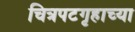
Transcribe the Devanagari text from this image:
चित्रपटगृहाच्या